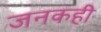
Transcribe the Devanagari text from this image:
जनकही